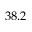
3 8 . 2